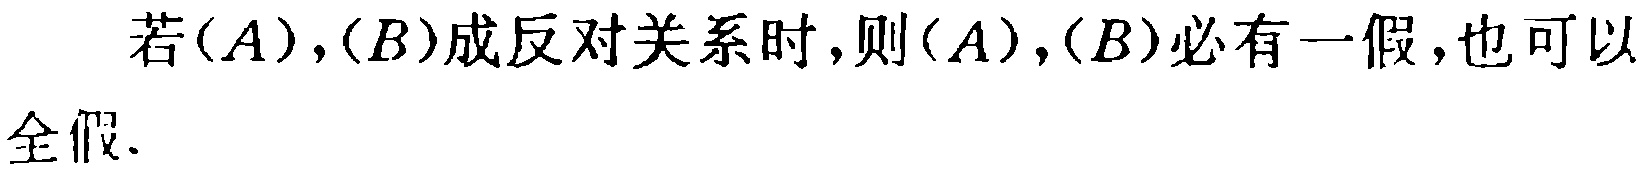
若\((A),(B)\)成反对关系时,则\((A),(B)\)必有一假,也可以全假.